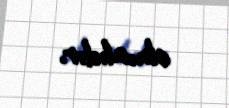
olmalıdır.